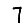
Digit: 7